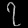
Digit: ၇